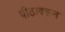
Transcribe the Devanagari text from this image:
पीठावरून